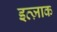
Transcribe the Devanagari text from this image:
इत्ज़ाक